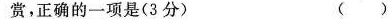
赏，正确的一项是(3分) （ ）